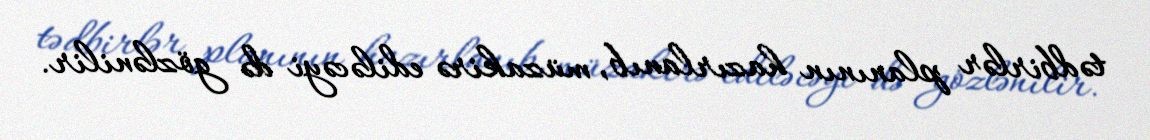
tədbirlər planının hazırlanıb, müzakirə ediləcəyi də gözlənilir.